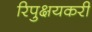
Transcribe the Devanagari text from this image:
रिपुक्षयकरी